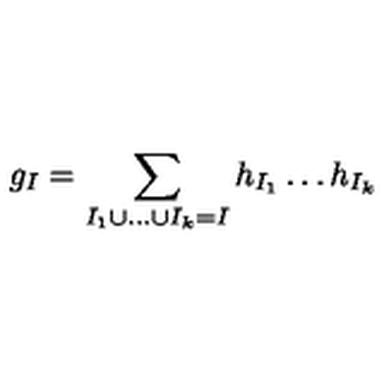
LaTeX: g _ { I } = \sum _ { I _ { 1 } \cup \dots \cup I _ { k } = I } h _ { I _ { 1 } } \dots h _ { I _ { k } } \,